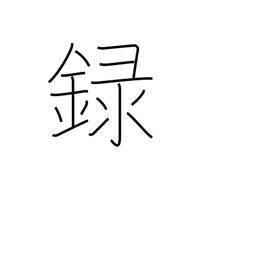
Meaning: record